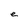
Character: e